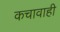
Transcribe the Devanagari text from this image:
कचावाही